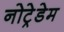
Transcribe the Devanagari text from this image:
नोट्रेडेम